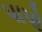
પાપો